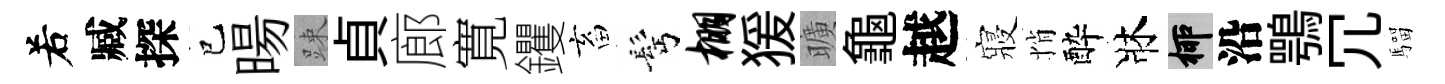
𠰥臧探巳暘踈貞廊寛钁畜髩棚猨曠龜越寢悄酔牀柳沿鶚冗騮